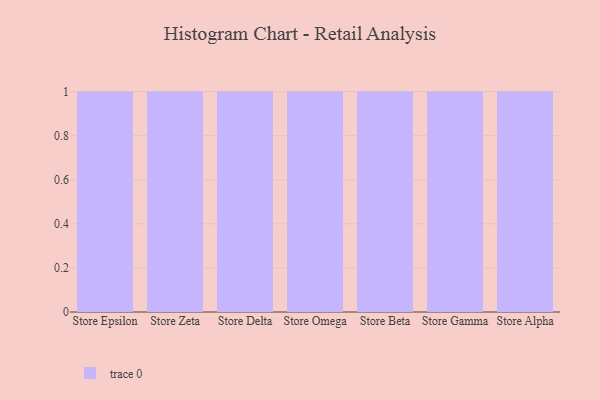
{"axis": {"x": "Store", "y": "Satisfaction Score"}, "legend": [""], "data": [{"x": "Store Epsilon", "y": 46, "type": ""}, {"x": "Store Zeta", "y": 11, "type": ""}, {"x": "Store Delta", "y": 80, "type": ""}, {"x": "Store Omega", "y": 14, "type": ""}, {"x": "Store Beta", "y": 90, "type": ""}, {"x": "Store Gamma", "y": 38, "type": ""}, {"x": "Store Alpha", "y": 96, "type": ""}]}